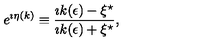
e ^ { \imath \eta ( k ) } \equiv { \frac { \imath k ( \epsilon ) - \xi ^ { \star } } { \imath k ( \epsilon ) + \xi ^ { \star } } } ,